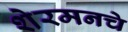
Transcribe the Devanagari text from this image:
शेरमनचे